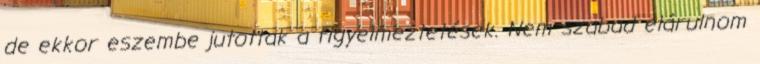
de ekkor eszembe jutottak a figyelmeztetések. Nem szabad elárulnom